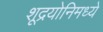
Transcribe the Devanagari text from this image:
शूद्रयोनिमध्ये